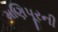
મણિપૂરની